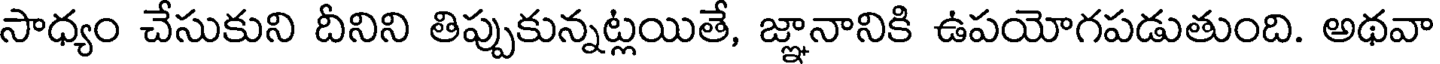
సాధ్యం చేసుకుని దీనిని తిప్పుకున్నట్లయితే, జ్ఞానానికి ఉపయోగపడుతుంది. అథవా